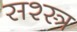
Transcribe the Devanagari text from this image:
सश्स्त्र